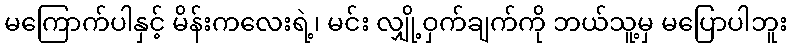
မကြောက်ပါနှင့် မိန်းကလေးရဲ့၊ မင်း လျှို့ဝှက်ချက်ကို ဘယ်သူ့မှ မပြောပါဘူး